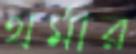
থর্মার